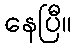
နေပြီ။